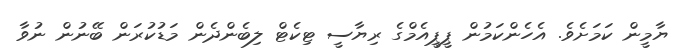
ޔާމީން ކަމަށެވެ. އެހެންކަމުން ޕީޕީއެމްގެ ރިޔާސީ ޓިކެޓް ލިބެންދެން މަޑުކުރަން ބޭނުން ނުވާ